Document type: Sale
Year: 1290
Scribe: Miquel Rotllan
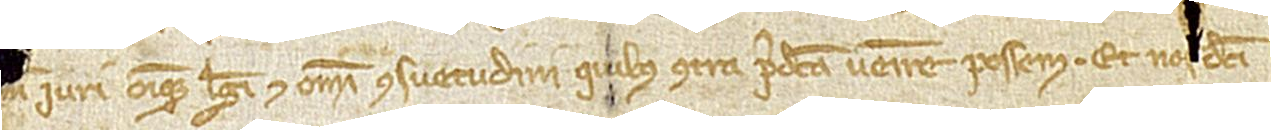
[me] iuri omnique legi et omni consuetudini quibus contra predicta venire possem. Et nos dicti